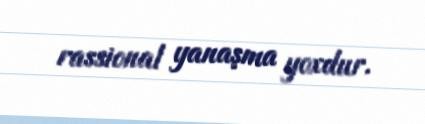
rassional yanaşma yoxdur.